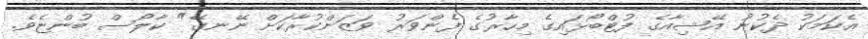
އެކަމަކު ދެކުނު އޭޝިއާގެ ފުޓްބޯޅައިގެ މިހާރުގެ ފެންވަރު ވަޒަންކުރާކަށް ނޭނގޭ" ކާލޯސް ބުންޏެވެ.